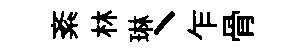
紊林琳丶乍骨